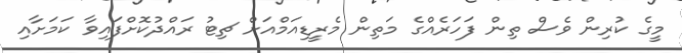
މީގެ ކުރިން ވެސް ތިން ފަހަރެއްގެ މަތިން މެރީޑިއަމްއަށް ޗިޓު ރައްދުކޮށްފައިވާ ކަމަށާއި